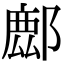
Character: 𨝧